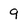
Character: 9